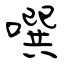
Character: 噀